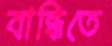
বান্ধিতে